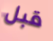
قبل